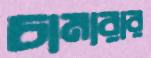
চামারার